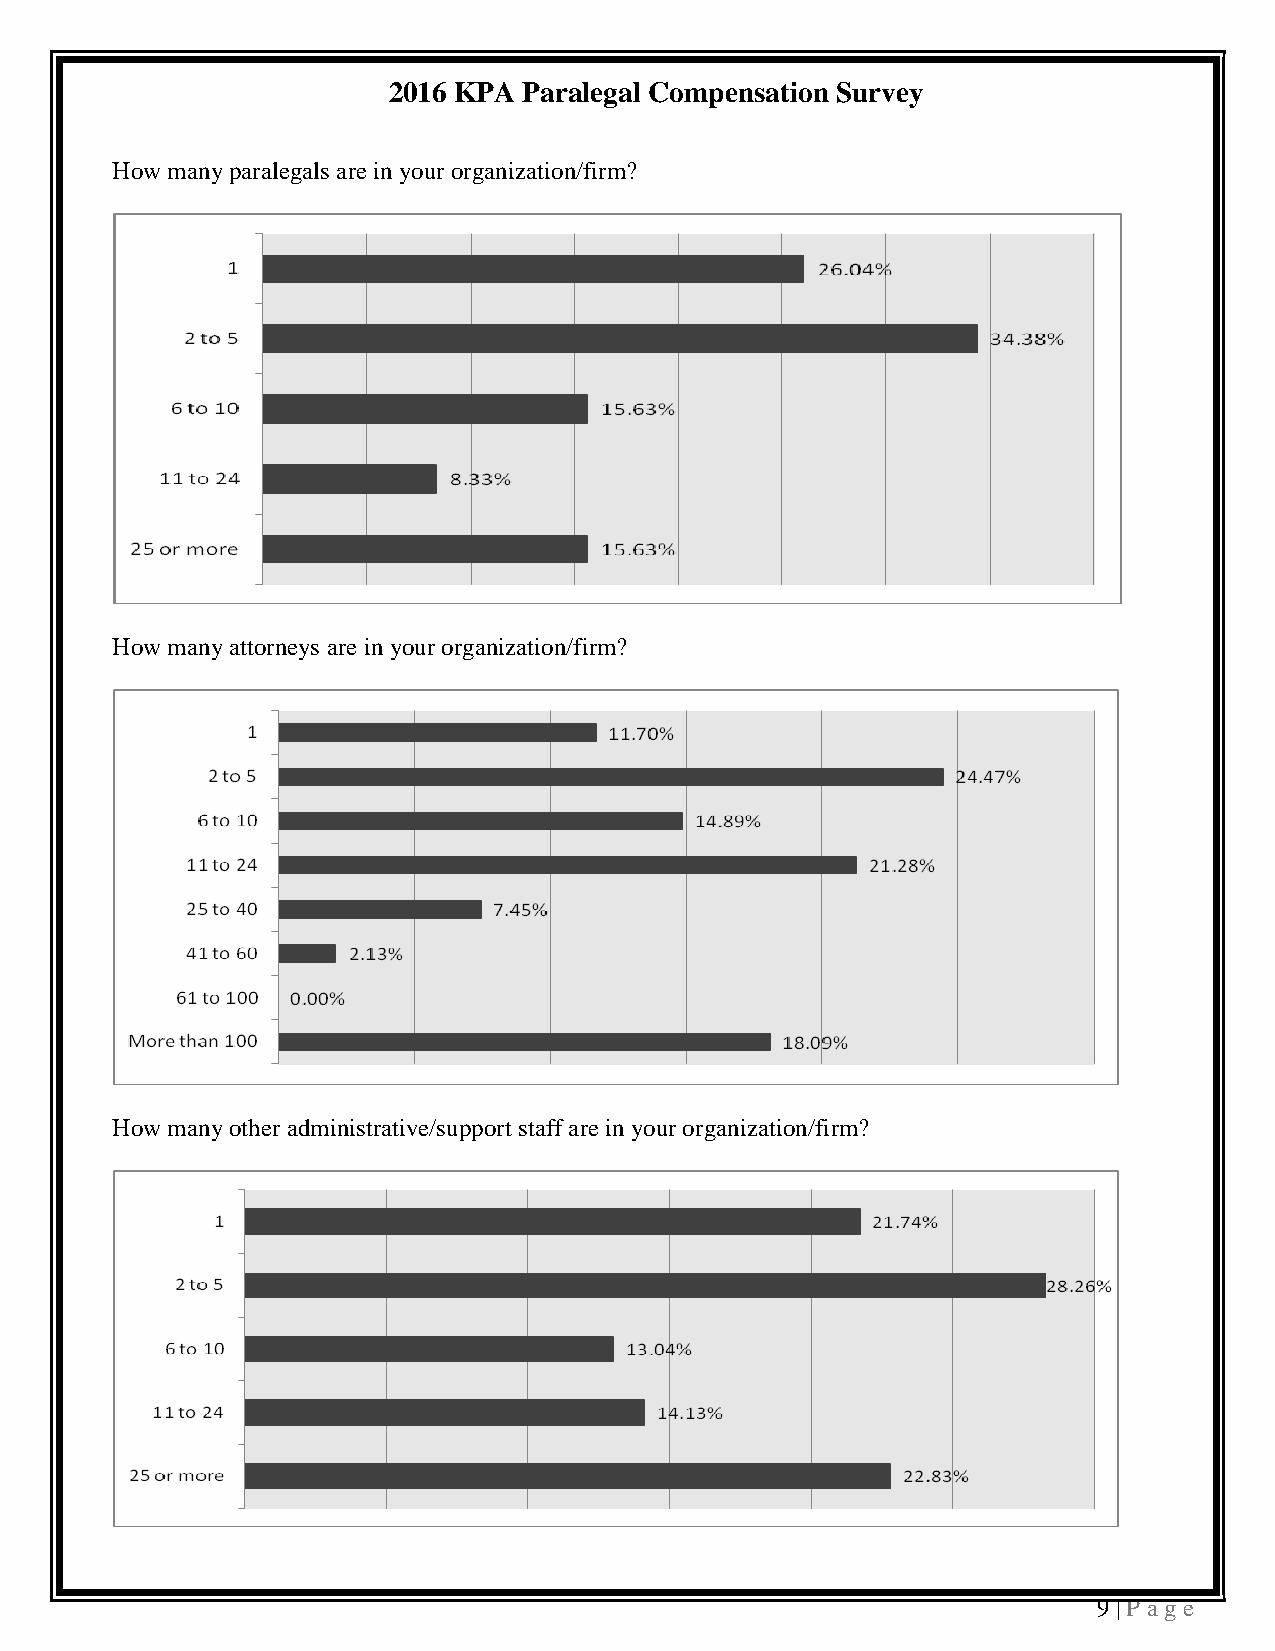
2016 KPA Paralegal Compensation Survey
 How many paralegals are in your organization/firm?
 How many attorneys are in your organization/firm?
 How many other administrative/support staff are in your organization/firm?
 9 | P a ge